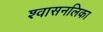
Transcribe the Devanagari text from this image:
श्‍वासनलिका